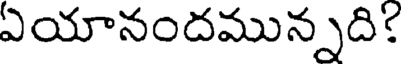
ఎయానందమున్నది!